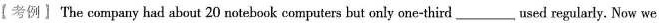
【考例】The company had about 20 notebook computers but only one-third___used regularly. Now we